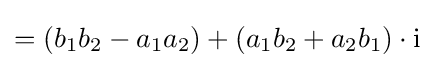
=(b_{1}b_{2}-a_{1}a_{2})+(a_{1}b_{2}+a_{2}b_{1})\cdot \mathrm {i}